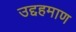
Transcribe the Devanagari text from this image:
उद्दहमाण